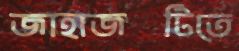
জাহাজটিতে